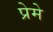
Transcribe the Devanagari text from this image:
प्रेमे